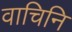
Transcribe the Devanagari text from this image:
वाचिनि